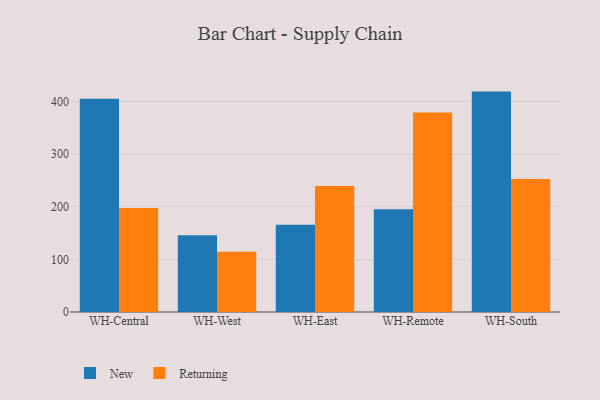
{"axis": {"x": "Warehouse", "y": "Tickets Resolved"}, "legend": ["New", "Returning"], "data": [{"x": "WH-Central", "y": 404.9, "type": "New"}, {"x": "WH-Central", "y": 197.6, "type": "Returning"}, {"x": "WH-West", "y": 145.9, "type": "New"}, {"x": "WH-West", "y": 114.6, "type": "Returning"}, {"x": "WH-East", "y": 165.9, "type": "New"}, {"x": "WH-East", "y": 239.6, "type": "Returning"}, {"x": "WH-Remote", "y": 195.2, "type": "New"}, {"x": "WH-Remote", "y": 378.9, "type": "Returning"}, {"x": "WH-South", "y": 418.7, "type": "New"}, {"x": "WH-South", "y": 252.5, "type": "Returning"}]}